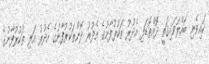
ކައިވެނި ބައްލަވައިގަތީ ދޮއްތޮޑަފި އެދުރު ތަކުރުފާނުގެ އެދުރު ދޮންތަކުރުފާނުގެ އެދުރު އަލި ތަކުރުފާނުގެ